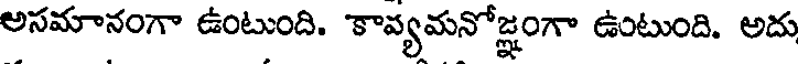
అసమానంగా ఉంటుంది. కావ్యమనోజ్ఞంగా ఉంటుంది. అదు